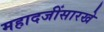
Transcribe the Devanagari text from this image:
महादजींसारखे